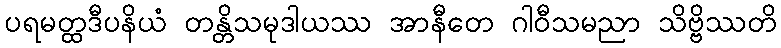
ပရမတ္ထဒီပနိယံ တန္တိသမုဒါယဿ အာနီတေ ဂါဝီသမညာ သိဗ္ဗိဿတိ